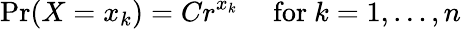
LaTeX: \Pr(X=x_{k})=Cr^{x_{k}}\quad{\mathrm{~for~}}k=1,\ldots,n